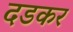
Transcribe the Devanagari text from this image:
दडकर